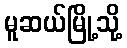
မူဆယ်မြို့သို့